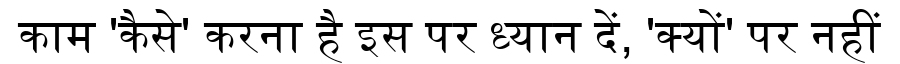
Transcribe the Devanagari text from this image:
काम 'कैसे' करना है इस पर ध्यान दें, 'क्यों' पर नहीं